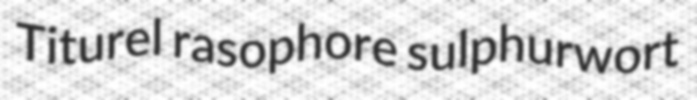
Titurel rasophore sulphurwort